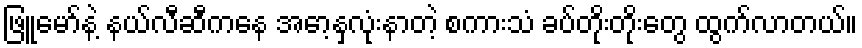
ဖြူမော်နဲ့ နယ်လီဆီကနေ အော့နှလုံးနာတဲ့ စကားသံ ခပ်တိုးတိုးတွေ ထွက်လာတယ်။